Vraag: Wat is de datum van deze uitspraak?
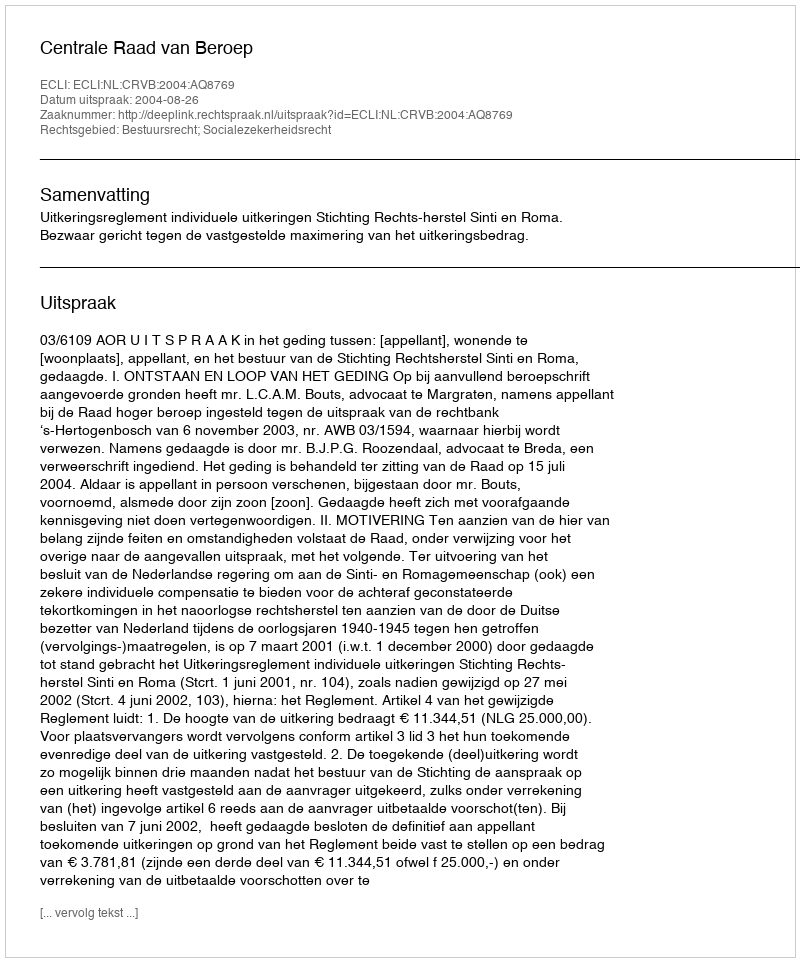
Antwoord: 2004-08-26